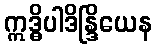
ဣဒ္ဓိပါဒိန္ဒြိယေန